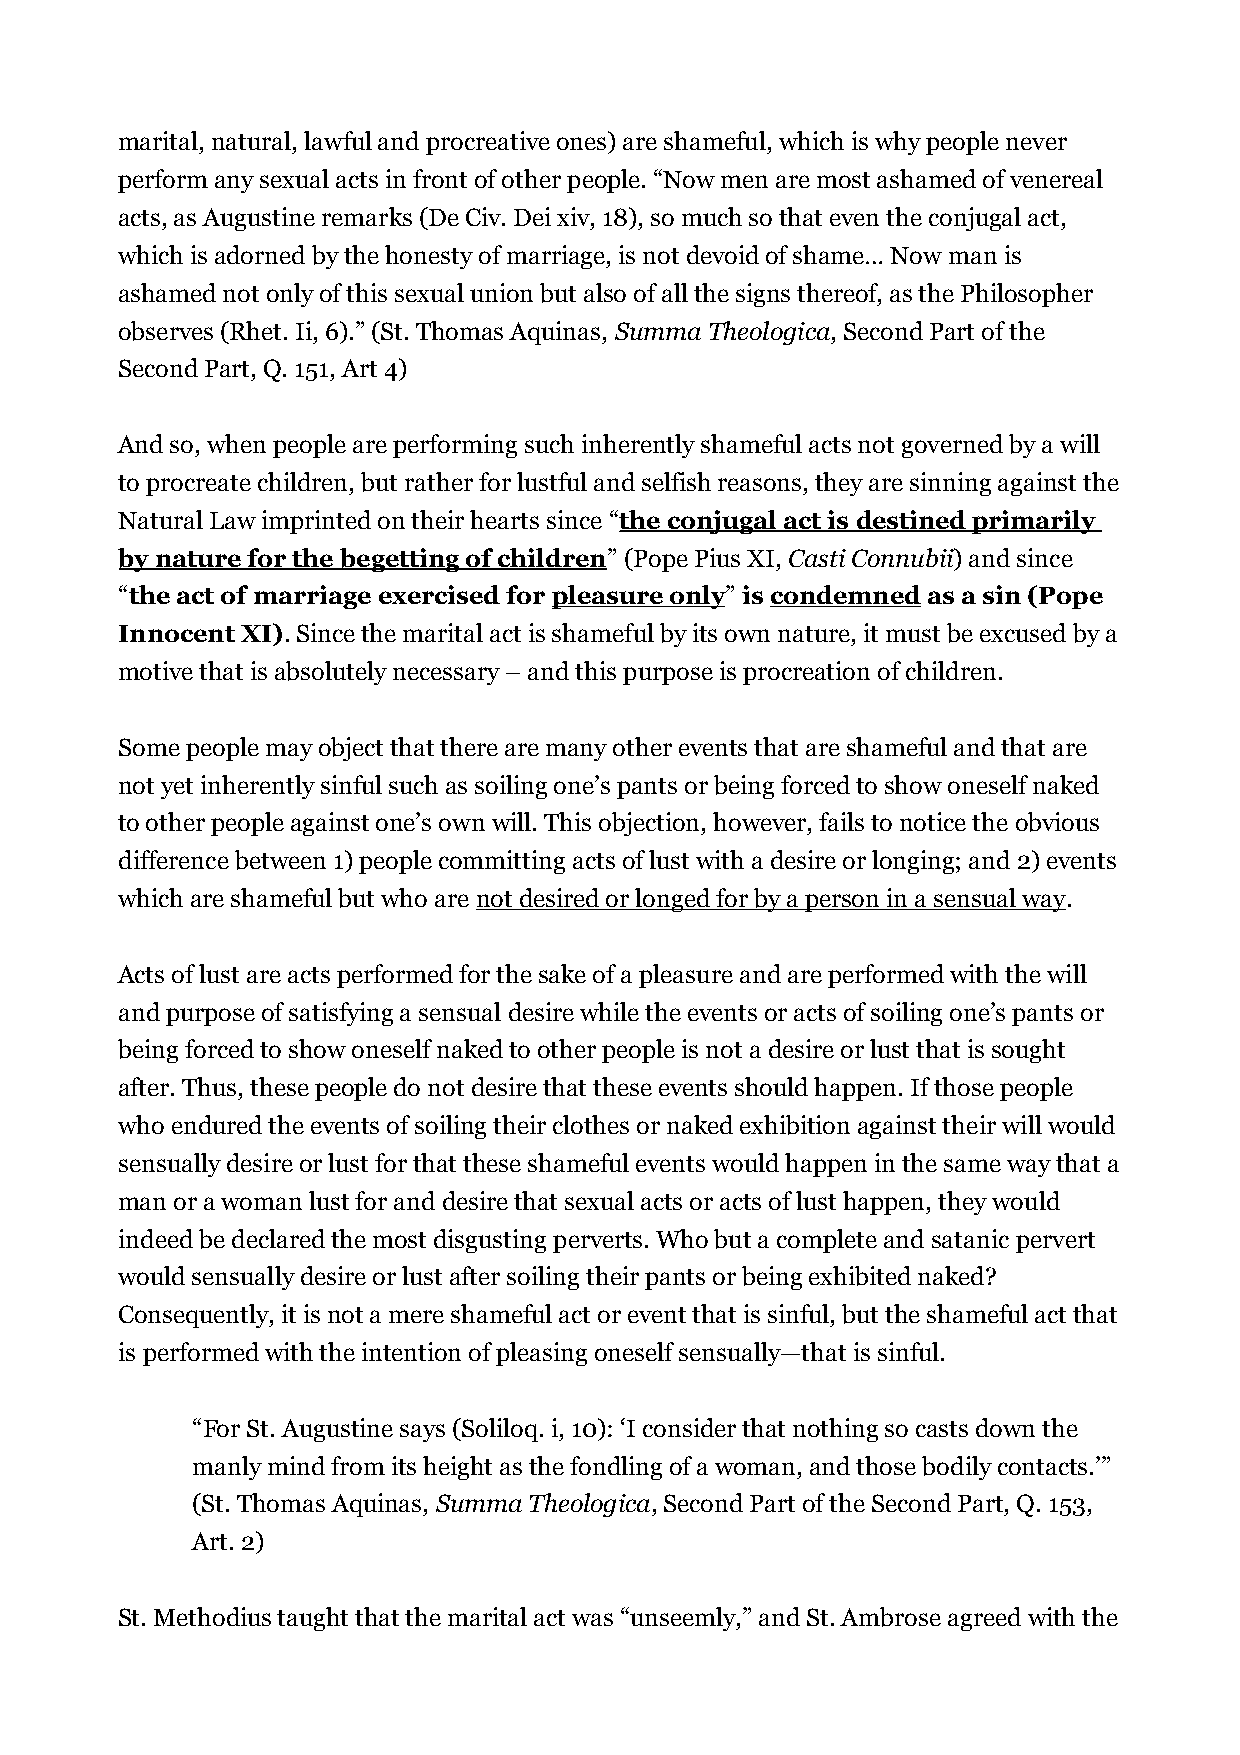
marital, natural, lawful and procreative ones) are shameful, which is why people never
 perform any sexual acts in front of other people. “Now men are most ashamed of venereal
 acts, as Augustine remarks (De Civ. Dei xiv, 18), so much so that even the conjugal act,
 which is adorned by the honesty of marriage, is not devoid of shame… Now man is
 ashamed not only of this sexual union but also of all the signs thereof, as the Philosopher
 observes (Rhet. Ii, 6).” (St. Thomas Aquinas, Summa Theologica, Second Part of the
 Second Part, Q. 151, Art 4)
 And so, when people are performing such inherently shameful acts not governed by a will
 to procreate children, but rather for lustful and selfish reasons, they are sinning against the
 Natural Law imprinted on their hearts since “the conjugal act is destined primarily
 by nature for the begetting of children” (Pope Pius XI, Casti Connubii) and since
 “the act of marriage exercised for pleasure only” is condemned as a sin (Pope
 Innocent XI). Since the marital act is shameful by its own nature, it must be excused by a
 motive that is absolutely necessary – and this purpose is procreation of children.
 Some people may object that there are many other events that are shameful and that are
 not yet inherently sinful such as soiling one’s pants or being forced to show oneself naked
 to other people against one’s own will. This objection, however, fails to notice the obvious
 difference between 1) people committing acts of lust with a desire or longing; and 2) events
 which are shameful but who are not desired or longed for by a person in a sensual way.
 Acts of lust are acts performed for the sake of a pleasure and are performed with the will
 and purpose of satisfying a sensual desire while the events or acts of soiling one’s pants or
 being forced to show oneself naked to other people is not a desire or lust that is sought
 after. Thus, these people do not desire that these events should happen. If those people
 who endured the events of soiling their clothes or naked exhibition against their will would
 sensually desire or lust for that these shameful events would happen in the same way that a
 man or a woman lust for and desire that sexual acts or acts of lust happen, they would
 indeed be declared the most disgusting perverts. Who but a complete and satanic pervert
 would sensually desire or lust after soiling their pants or being exhibited naked?
 Consequently, it is not a mere shameful act or event that is sinful, but the shameful act that
 is performed with the intention of pleasing oneself sensually—that is sinful.
 “For St. Augustine says (Soliloq. i, 10): ‘I consider that nothing so casts down the
 manly mind from its height as the fondling of a woman, and those bodily contacts.’”
 (St. Thomas Aquinas, Summa Theologica, Second Part of the Second Part, Q. 153,
 Art. 2)
 St. Methodius taught that the marital act was “unseemly,” and St. Ambrose agreed with the